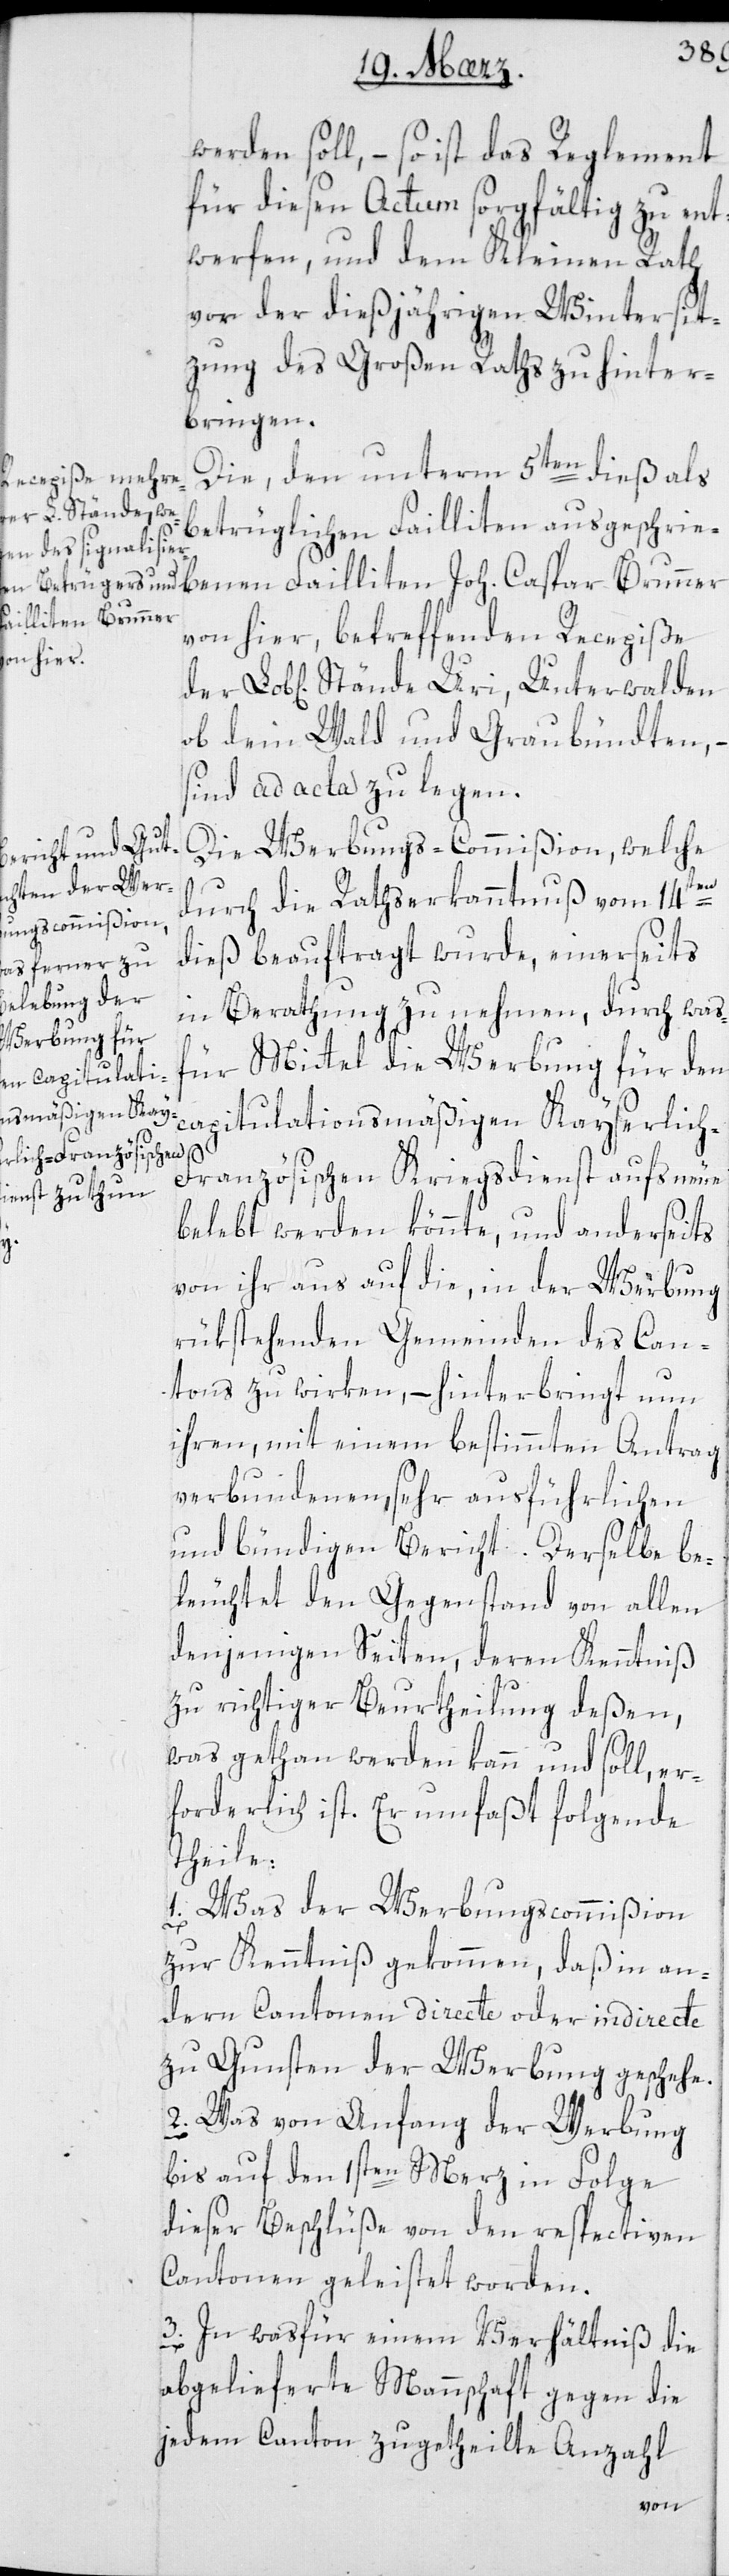
werden soll, – so ist das Reglement
für diesen Actum sorgfältig zu ent¬
werfen, und dem Kleinen Rath
vor der dießjährigen Wintersit¬
zung des Großen Raths zu hinter¬
bringen.
Die den unterm 5ten dieß als
betrüglichen Failliten ausgeschrie¬
benen Failliten Joh. Caspar Brunner
von hier, betreffenden Recepiße
ob dem Wald und Graubündten, –
sind ad acta zu legen.
Die Werbungs-Commißion, welche
der
durch die Rathserkanntnuß vom 14ten
dieß beauftragt wurde, einerseits
in Berathung zu nehmen, durch was
für Mittel die Werbung für den
capitulationsmäßigen Kayserlic¬
h-F¬
ranzösischen Kriegsdienst aufs Neue
belebt werden könnte, und anderseits
von ihr aus auf die, in der Werbung
rükstehenden Gemeinden des Can¬
tons zu wirken, – hinterbingt nun
ihren, mit einem bestimmten Antrag
verbundenen, sehr ausführlichen
und bündigen Bericht. Derselbe be¬
leuchtet den Gegenstand von allen
denjenigen Seiten, deren Kenntniß
zu richtiger Beurtheilung deßen,
was gethan werden kann und soll, er¬
forderlich ist. Er umfaßt folgende
Theile:
1. Was der Werbungscommißion
Uri,
zur Kenntniß gekommen, daß in an¬
dern Cantonen directe oder indirecte
zu Gunsten der Werbung geschehe.
2. Was von Anfang der Werbung
bis auf den 1sten Merz in Folge
dieser Beschlüße von den respectiven
Cantonen geleistet worden.
3. In was für einem Verhältnis die
abgelieferte Mannschaft gegen die
jedem Canton zugetheilte Anzahl